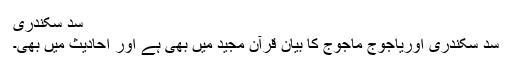
سَد سَکندری
سد سکندری اوریاجوج ماجوج کا بیان قرآن مجید میں بھی ہے اور احادیث میں بھی۔